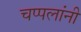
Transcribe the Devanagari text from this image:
चप्पलांनी